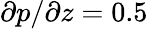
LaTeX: \partial p/\partial z=0.5